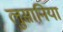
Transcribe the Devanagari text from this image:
लुसानिया